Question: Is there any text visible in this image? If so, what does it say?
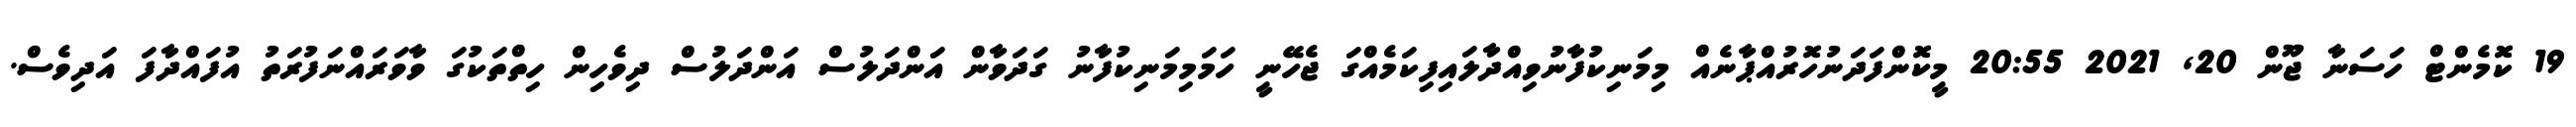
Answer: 19 ކޮމެންޓް ހަސަނާ ޖޫން 20, 2021 20:55 މީކޮންފަދަނުހޮރުއްޕާނެއް މިމަނިކުފާނުވިއްދާލައިފިކަމެއްގަ ޖެހޭނީ ހަމަމިމަނިކުފާނު ގަދަވާން އަންދަލުސް އަންދަލުސް ދިވެހިން ހިތްތަކުގަ ވާވަރައްނަފުރަތު އުފައްދާފަ އަދިވެސް.